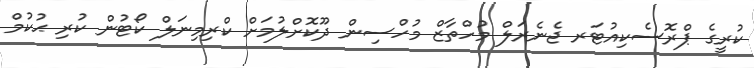
ކުރީގެ ޕްރޮސެކިއުޓަރ ޖެނެރަލް މުހްތާޒް މުހްސިން ދޫކޮށްލުމަށް ކްރިމިނަލް ކޯޓުން ކުރި ޙުކުމް